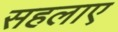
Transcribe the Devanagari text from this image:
सहलाए